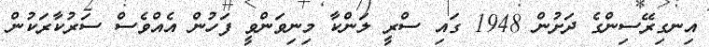
އިނގިރޭސިންގެ ދަށުން 1948 ގައި ސްރީ ލަންކާ މިނިވަންވީ ފަހުން އެއްވެސް ސަރުކާރަކުން